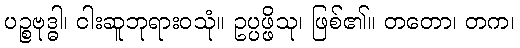
ပဉ္စဗုဒ္ဓါ၊ ငါးဆူဘုရားဝသုံ။ ဥပ္ပဖ္ဖိသု၊ ဖြစ်၏။ တတော၊ တက၊